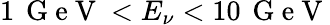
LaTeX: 1\, \mathrm{~G~e~V~}<E_{\nu}<10\, \mathrm{~G~e~V~}